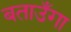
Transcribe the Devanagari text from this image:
बताउँगा